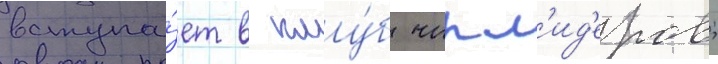
вступа́ет в клу́б чирл'ид'еров;